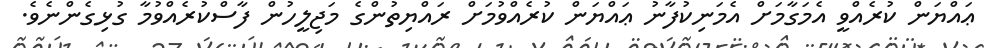
ޢައްޔަން ކުރެއްވީ އެމަގާމަށް އެމަނިކުފާނު ޢައްޔަން ކުރެއްވުމަށް ރައްޔިތުންގެ މަޖިލީހުން ފާސްކުރެއްވުމާ ގުޅިގެންނެވެ.